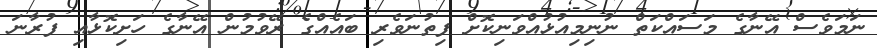
ނަމަވެސް އޭނާގެ މަސައްކަތް ނުނިމިއުޅުއްވަނިކޮށް ފިތުނަވެރި ބައެއްގެ ރޭވުމުން އޭނާގެ ހަށިކޮޅާއި ފުރާނަ